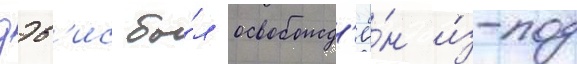
дэв'ис бы́л освобожд'ё́н и́з-под